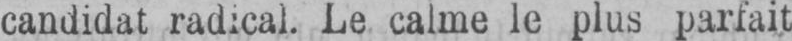
candidat radical. Le calme le plus parfait